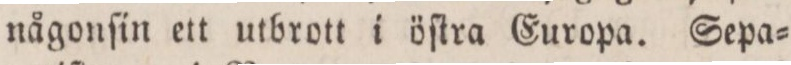
någonſin ett utbrott i öſtra Europa. Sepa=